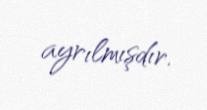
ayrılmışdır.